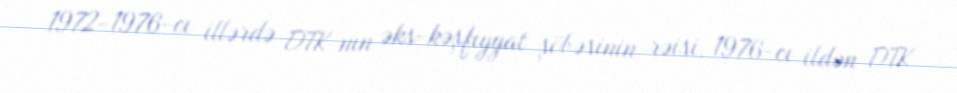
1972-1976-cı illərdə DTK-nın əks-kəşfiyyat şöbəsinin rəisi, 1976-cı ildən DTK